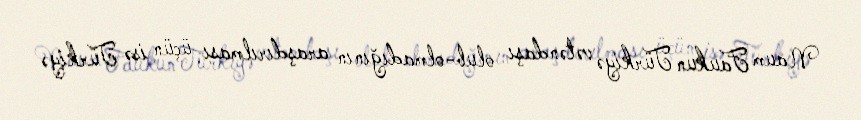
Naum Faukun Türkiyə vətəndaşı olub-olmadığının araşdırılması üçün isə Türkiyə